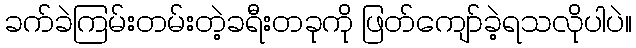
ခက်ခဲကြမ်းတမ်းတဲ့ခရီးတခုကို ဖြတ်ကျော်ခဲ့ရသလိုပါပဲ။